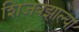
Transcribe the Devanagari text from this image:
शिजवझाल्या